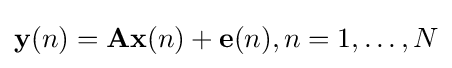
\mathbf {y} (n)=\mathbf {A} \mathbf {x} (n)+\mathbf {e} (n),n=1,\ldots ,N